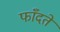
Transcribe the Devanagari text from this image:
फाँदते